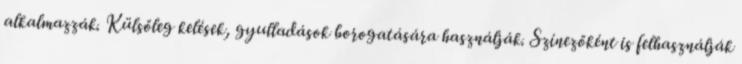
alkalmazzák. Külsőleg kelések, gyulladások borogatására használják. Színezőként is felhasználják